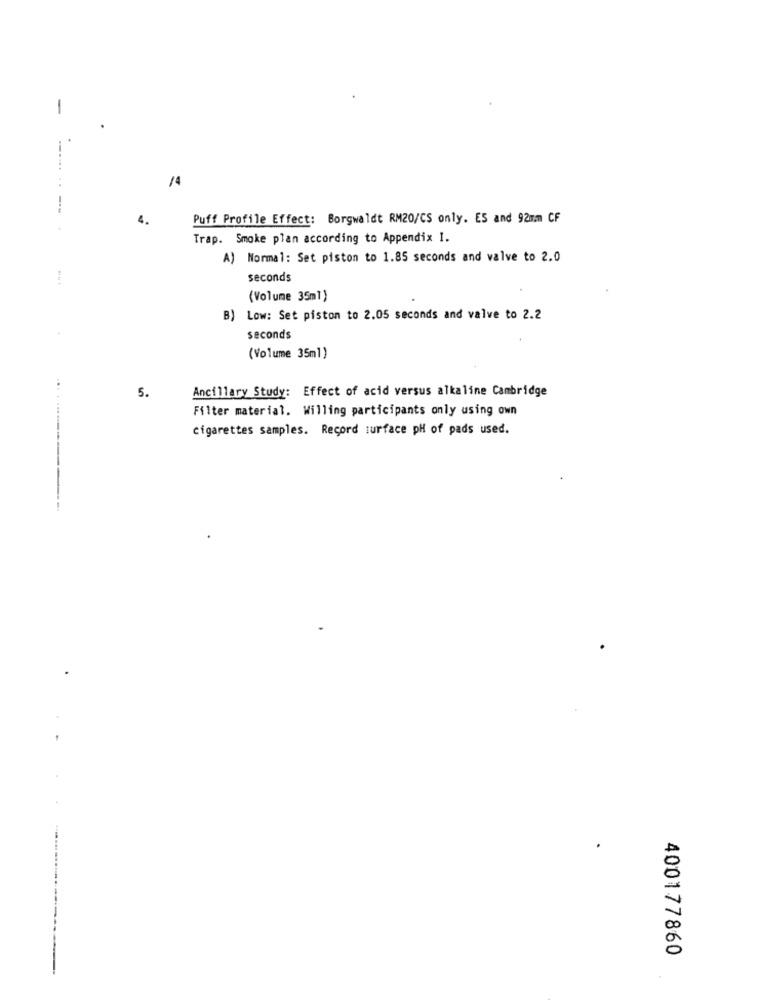
-
/4
..
4.
Puff Profile Effect: Borgwaldt RM20/CS only. ES and 92mm CF
Trap. Smoke plan according to Appendix I.
A) Normal: Set piston to 1.85 seconds and valve to 2.0
seconds
(Volume 35ml)
B) Low: Set piston to 2.05 seconds and valve to 2.2
seconds
(Volume 35ml)
Ancillary Study: Effect of acid versus alkaline Cambridge
5.
Filter material. Willing participants only using own
cigarettes samples. Record surface pH of pads used.
-----
400177860